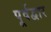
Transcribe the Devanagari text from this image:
पूर्वद्वार